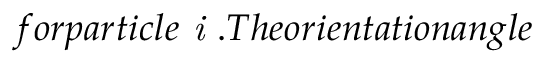
f o r p a r t i c l e \textit { i } . T h e o r i e n t a t i o n a n g l e